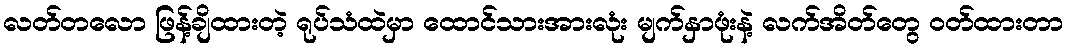
လတ်တလော ဖြန့်ချိထားတဲ့ ရုပ်သံထဲမှာ ထောင်သားအားလုံး မျက်နှာဖုံးနဲ့ လက်အိတ်တွေ ဝတ်ထားတာ